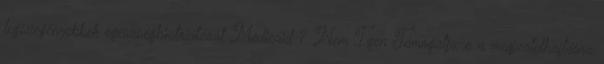
legszegényebbek egészségbiztosítását Medicaid ? Nem Igen Támogatja-e a magzatelhajtásra